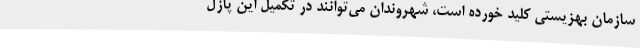
سازمان بهزیستی کلید خورده است، شهروندان می‌توانند در تکمیل این پازل